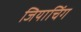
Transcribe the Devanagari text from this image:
जियाचिंग